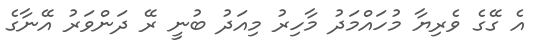
އެ ގޭގެ ވެރިޔާ މުހައްމަދު މާހިރު މިއަދު ބުނީ ރޭ ދަންވަރު އޭނާގެ